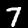
Digit: 7